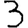
Digit: 3